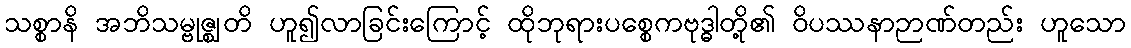
သစ္စာနိ အဘိသမ္ဗုဇ္ဈတိ ဟူ၍လာခြင်းကြောင့် ထိုဘုရားပစ္စေကဗုဒ္ဓါတို့၏ ဝိပဿနာဉာဏ်တည်း ဟူသော